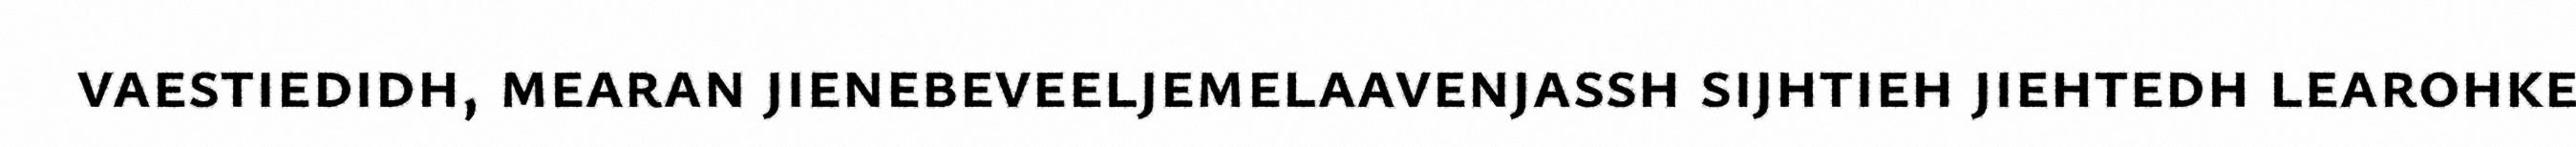
vaestiedidh, mearan jienebeveeljemelaavenjassh sijhtieh jiehtedh learohke